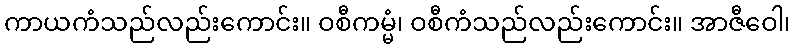
ကာယကံသည်လည်းကောင်း။ ဝစီကမ္မံ၊ ဝစီကံသည်လည်းကောင်း။ အာဇီဝေါ၊